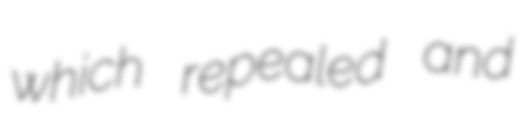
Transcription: which repealed and